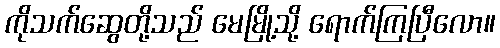
ကိုသက်ဆွေတို့သည် မေမြို့သို့ ရောက်ကြပြီလော။